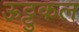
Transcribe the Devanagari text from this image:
ऊट्टुकल